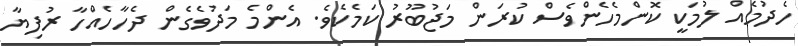
ހެދުމެއް ލުމަކީ ކޮންމެހެންވެސް ކުރަން މަޖުބޫރު ކަމެކެވެ. އެންމެ މަދުވެގެން ދެހާހެއްހާ ރުފިޔާ